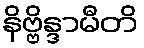
နိဗ္ဗိန္ဒာမီတိ